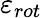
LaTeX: \varepsilon_{rot}